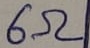
Text: 6Ω